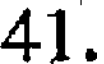
41.